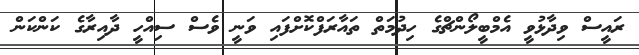
ރައީސް ވިދާޅުވީ އެމްބީލޯންޗްގެ ހިދުމަތް ތައާރަފްކޮށްފައި ވަނީ ވެސް ސިއްހީ ދާއިރާގެ ކަންކަން